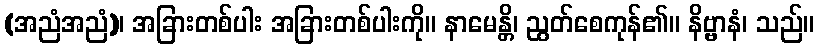
(အညံအညံ)၊ အခြားတစ်ပါး အခြားတစ်ပါးကို။ နာမေန္တိ၊ ညွတ်စေကုန်၏။ နိဗ္ဗာနံ၊ သည်။